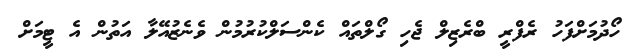
ހޯދުމަށްފަހު ރެފްރީ ބްރެޒިލް ޖެހި ގޯލްތައް ކެންސަލްކުރުމުން ވެނެޒުއޭލާ އަތުން އެ ޓީމަށް